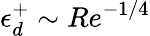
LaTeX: \epsilon_{d}^{+}\sim Re^{-1/4}